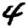
Digit: 4